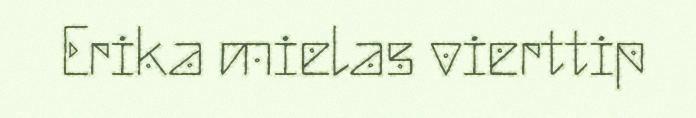
Erika mielas vierttip